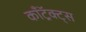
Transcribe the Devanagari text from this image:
काँट्रॅक्ट्स